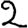
Digit: 2